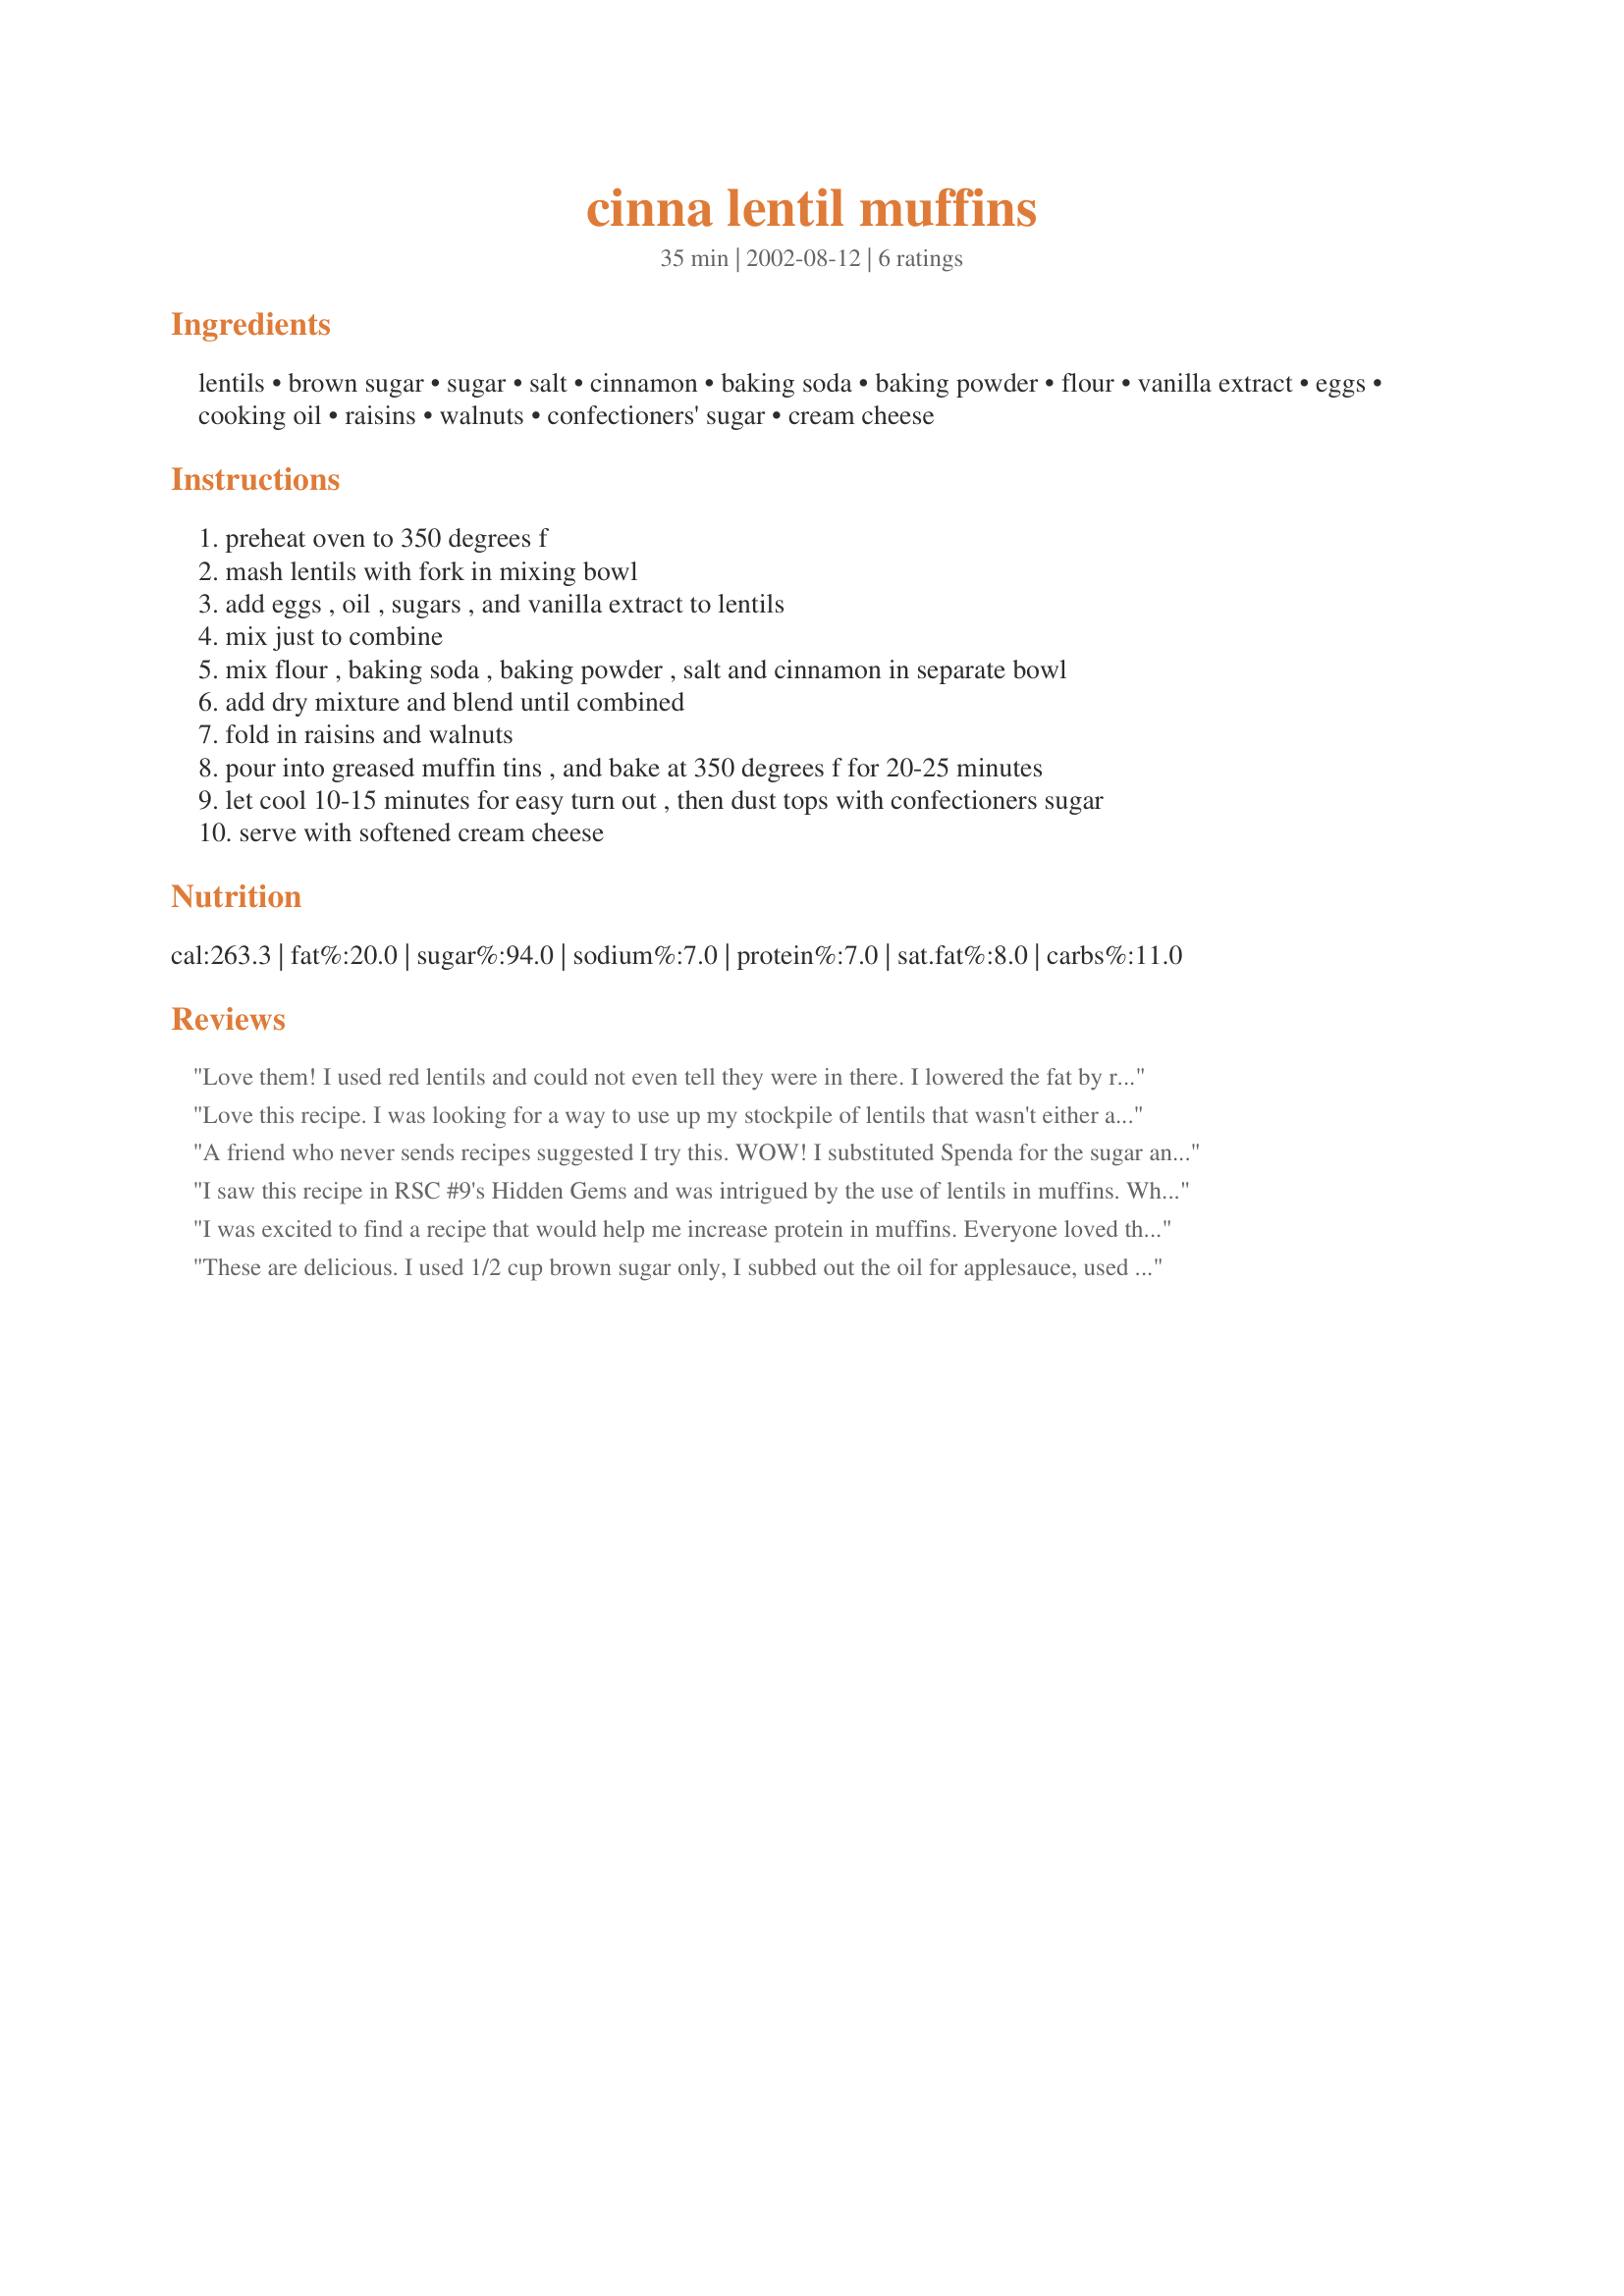
cinna lentil muffins
Preparation time: 35 minutes

Ingredients:
lentils, brown sugar, sugar, salt, cinnamon, baking soda, baking powder, flour, vanilla extract, eggs, cooking oil, raisins, walnuts, confectioners' sugar, cream cheese

Steps:
preheat oven to 350 degrees f
mash lentils with fork in mixing bowl
add eggs , oil , sugars , and vanilla extract to lentils
mix just to combine
mix flour , baking soda , baking powder , salt and cinnamon in separate bowl
add dry mixture and blend until combined
fold in raisins and walnuts
pour into greased muffin tins , and bake at 350 degrees f for 20-25 minutes
let cool 10-15 minutes for easy turn out , then dust tops with confectioners sugar
serve with softened cream cheese

Reviews:
Love them! I used red lentils and could not even tell they were in there. I lowered the fat by replacing half of the oil with apple sauce and used egg whites. I did not use the confectioners sugar and they as they are sweet enough as is. Also did not use any cream cheese. Thanks for posting, I'll make them again for sure.
Love this recipe. I was looking for a way to use up my stockpile of lentils that wasn't either a curry or a soup and found your recipe. What a little gem! I made it with extra baking soda & powder as "poo" recomended, didn't like the result.. just made me notice the lentils because they were the bits that didn't fluff up! :) So the second time I made them just as the recipe.. love them! They freeze well, so if I need a quick cupcake.. just ice with cream cheese icing and put a walnut 1/2 on top. Tell everyone they are "Cinnamon Walnut Muffins".
A friend who never sends recipes suggested I try this. WOW! I substituted Spenda for the sugar and chopped sugar-free chocolate for the nuts and it was amazing!!!!! Thanks for posting, Princess!
I saw this recipe in RSC #9's Hidden Gems and was intrigued by the use of lentils in muffins. What a creative way to add fiber and protein to muffins! I used dry red lentil as recommended and almonds instead of walnuts. They came out very tasty! I loved how the cinnamon, raisins, and almonds complemented each other. I was surprised that the recipe called for so little baking soda and baking powder for leavening, but I thought that the eggs might help the muffins to rise. In the future, I'll probably double the baking soda and baking powder to make them a little fluffier. I also will try unsweetened applesauce in place of the oil to make them lower in fat. Thanks princess buttercup!
I was excited to find a recipe that would help me increase protein in muffins. Everyone loved this recipe. I ground the walnuts and replaced the raising with blueberries. The next time I make it, I think I'll use apples in order to reduce the oil and I'll also cut the sugar in half. If you want a desert-like muffin, keep them the same, but if you're looking for a more breakfast muffin, you might want to reduce the sugar.
These are delicious. I used 1/2 cup brown sugar only, I subbed out the oil for applesauce, used no raisins or nuts and no cream cheese/sugar topping. They were very sweet and moist, great recipe! My children loved them!
